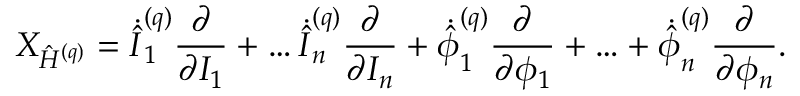
X _ { \hat { H } ^ { ( q ) } } = \dot { \hat { I } } _ { 1 } ^ { ( q ) } \frac { \partial } { \partial I _ { 1 } } + \ldots \dot { \hat { I } } _ { n } ^ { ( q ) } \frac { \partial } { \partial I _ { n } } + \dot { \hat { \phi } } _ { 1 } ^ { ( q ) } \frac { \partial } { \partial \phi _ { 1 } } + \ldots + \dot { \hat { \phi } } _ { n } ^ { ( q ) } \frac { \partial } { \partial \phi _ { n } } .